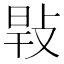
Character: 㪋